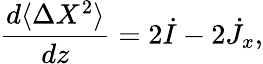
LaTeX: \frac{d\langle\Delta X^{2}\rangle}{dz}=2\dot{I}-2\dot{J}_{x},